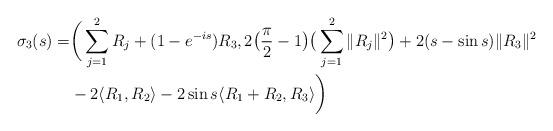
LaTeX: \begin{align*}\sigma_3(s) =& \bigg(\sum_{j=1}^{2} R_j +(1-e^{-is})R_3, 2\big(\frac{\pi}{2}-1\big)\big(\sum_{j=1}^{2} \|R_j\|^2\big)+2(s-\sin s) \|R_3\|^2 \\&-2 \langle R_1, R_2 \rangle -2 \sin s \langle R_1+R_{2}, R_3 \rangle\bigg) \end{align*}